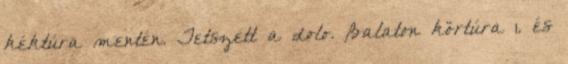
kéktúra mentén. Tetszett a dolo. Balaton körtúra 1. és